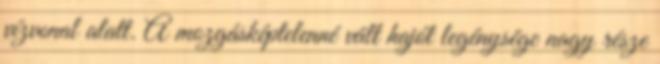
vízvonal alatt. A mozgásképtelenné vált hajót legénysége nagy része